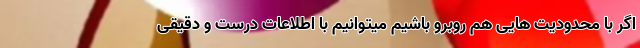
اگر با محدودیت هایی هم روبرو باشیم میتوانیم با اطلاعات درست و دقیقی